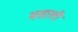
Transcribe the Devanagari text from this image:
मसाली